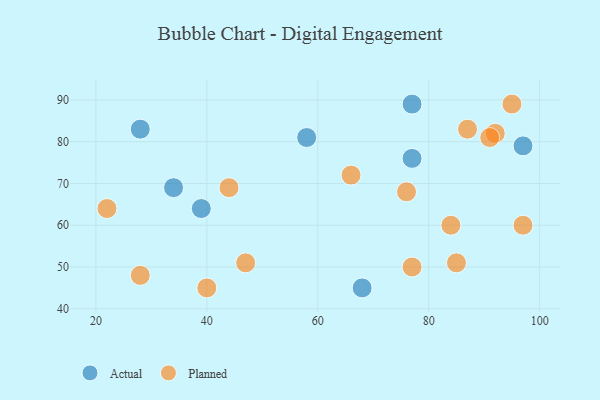
{"axis": {"x": "GDP", "y": "Life Expectancy"}, "legend": ["Actual", "Planned"], "data": [{"x": "68", "y": 45, "type": "Actual"}, {"x": "97", "y": 79, "type": "Actual"}, {"x": "77", "y": 89, "type": "Actual"}, {"x": "58", "y": 81, "type": "Actual"}, {"x": "34", "y": 69, "type": "Actual"}, {"x": "77", "y": 76, "type": "Actual"}, {"x": "39", "y": 64, "type": "Actual"}, {"x": "28", "y": 83, "type": "Actual"}, {"x": "92", "y": 82, "type": "Planned"}, {"x": "76", "y": 68, "type": "Planned"}, {"x": "47", "y": 51, "type": "Planned"}, {"x": "44", "y": 69, "type": "Planned"}, {"x": "84", "y": 60, "type": "Planned"}, {"x": "28", "y": 48, "type": "Planned"}, {"x": "85", "y": 51, "type": "Planned"}, {"x": "77", "y": 50, "type": "Planned"}, {"x": "95", "y": 89, "type": "Planned"}, {"x": "97", "y": 60, "type": "Planned"}, {"x": "66", "y": 72, "type": "Planned"}, {"x": "91", "y": 81, "type": "Planned"}, {"x": "87", "y": 83, "type": "Planned"}, {"x": "40", "y": 45, "type": "Planned"}, {"x": "22", "y": 64, "type": "Planned"}]}